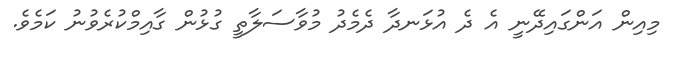
މިއިން އަންގައިދޭނީ އެ ދެ އުޅަނދާ ދެމެދު މުވާސަލާތީ ގުޅުން ގާއިމްކުރެވުނު ކަމެވެ.